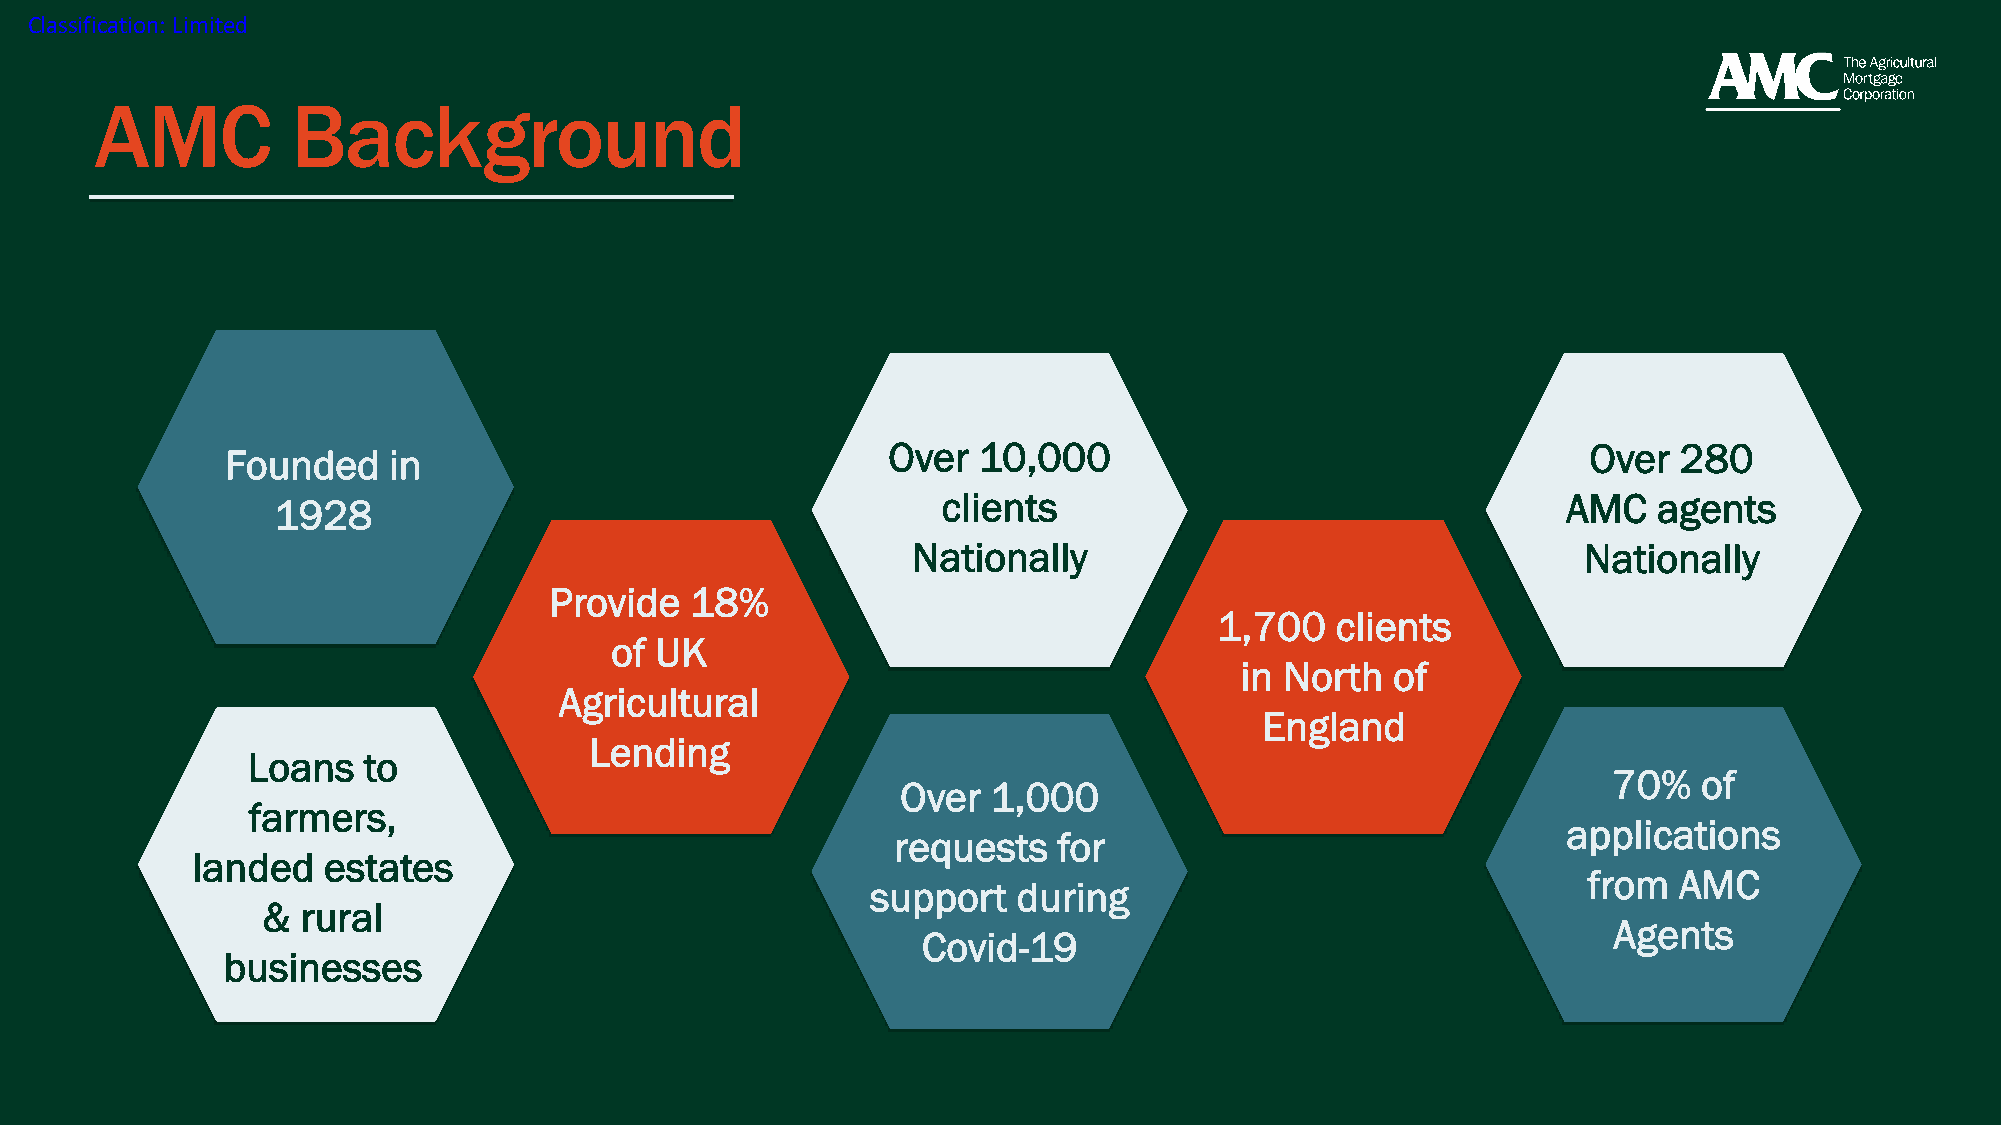
Classification: Limited
 AMC          Background
 Over  10,000                                  Over  280
 Founded    in
 clients                                   AMC   agents
 1928
 Nationally                                   Nationally
 Provide   18%
 1,700  clients
 of UK
 in North  of
 Agricultural
 England
 Lending
 Loans   to
 70%   of
 Over  1,000
 farmers,
 applications
 requests   for
 landed  estates
 from  AMC
 support  during
 &  rural
 Agents
 Covid-19
 businesses